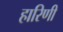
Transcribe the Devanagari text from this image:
हारिणी